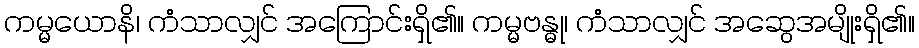
ကမ္မယောနိ၊ ကံသာလျှင် အကြောင်းရှိ၏။ ကမ္မဗန္ဓု၊ ကံသာလျှင် အဆွေအမျိုးရှိ၏။